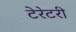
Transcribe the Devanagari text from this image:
टेरेटरी